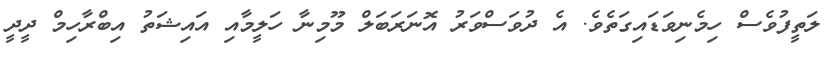
ލަތީފުވެސް ހިމެނިވަޑައިގަތެވެ. އެ ދުވަސްވަރު އޮނަރަބަލް މޫމިނާ ހަލީމާއި އައިޝަތު އިބްރާހިމް ދީދީ